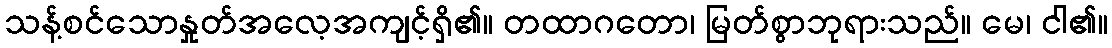
သန့်စင်သောနှုတ်အလေ့အကျင့်ရှိ၏။ တထာဂတော၊ မြတ်စွာဘုရားသည်။ မေ၊ ငါ၏။